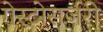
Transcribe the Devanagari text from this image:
गेस्ट्रोसर्जरी